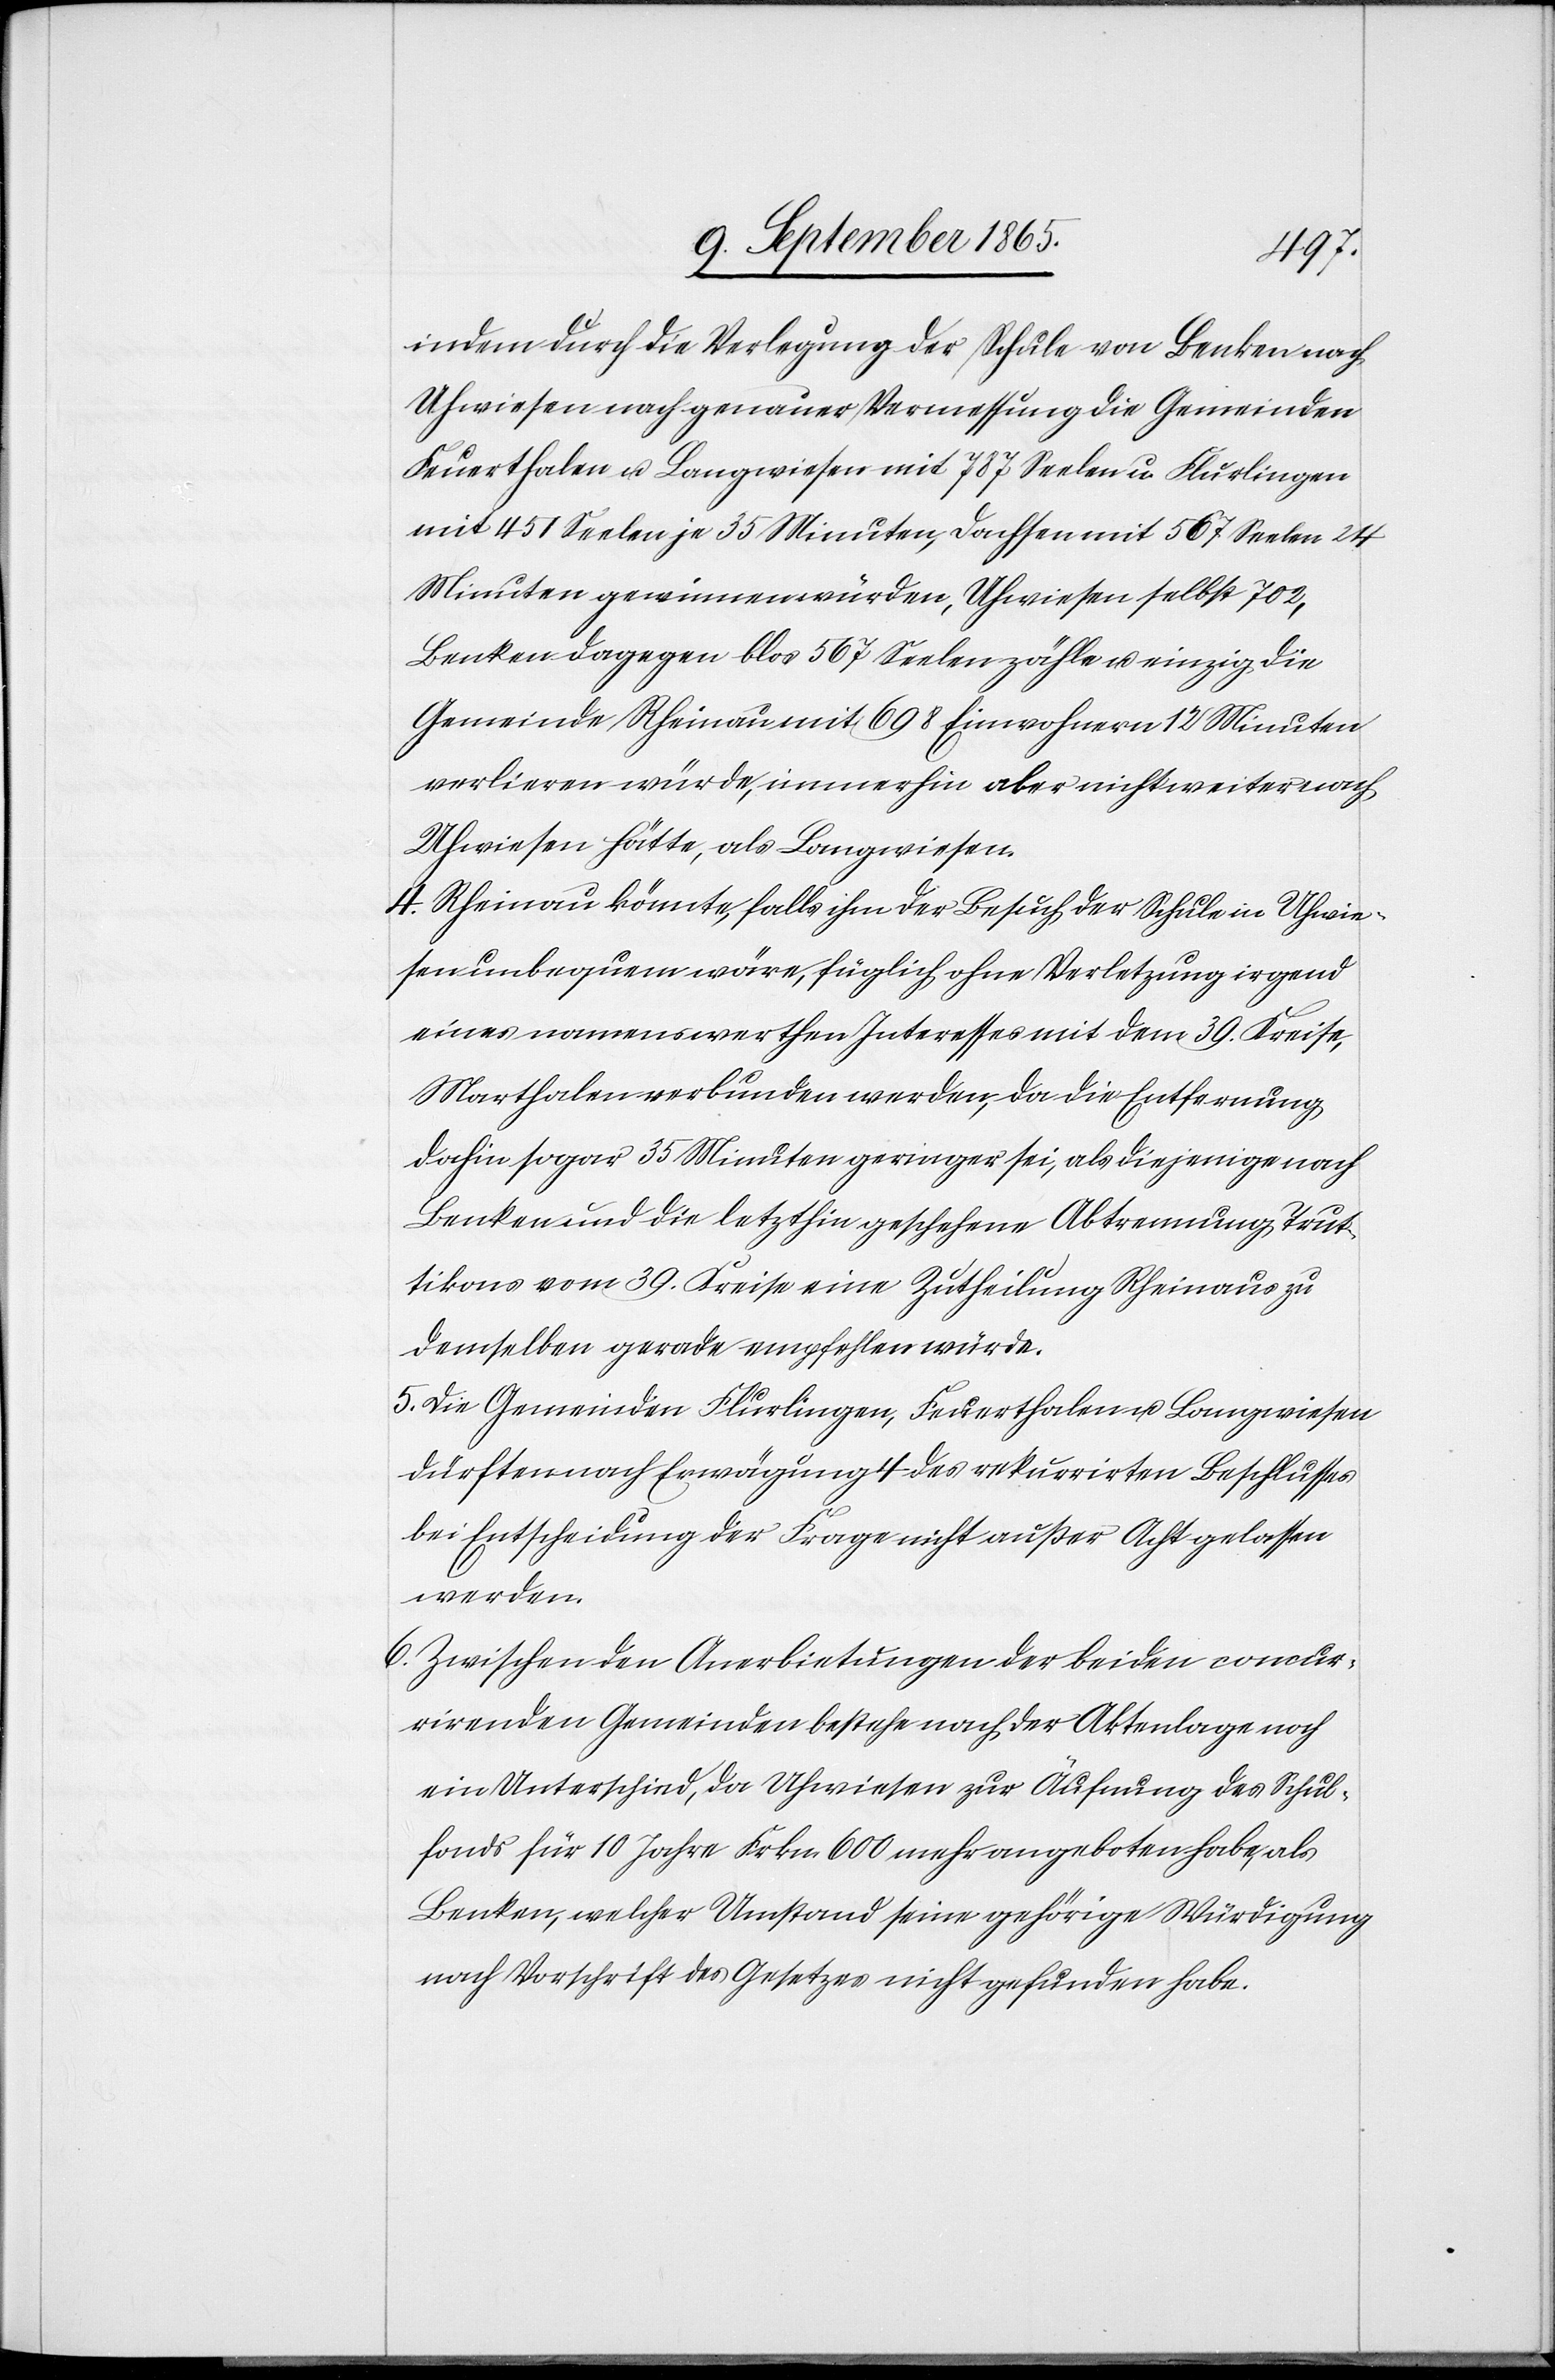
indem durch die Verlegung der Schule von Benken nach
Uhwiesen nach genauer Vermessung die Gemeinden
Feuerthalen u. Langwiesen mit 787 Seelen u. Flurlingen
mit 451 Seelen je 35 Minuten, Dachsen mit 567 Seelen 24
Minuten gewinnen würden, Uhwiesen selbst 702,
Benken dagegen blos 567 Seelen zähle u. einzig die
Gemeinde Rheinau mit 698 Einwohnern 12 Minuten
verlieren würde, immerhin aber nicht weiter nach
Uhwiesen hätte, als Langwiesen.
4. Rheinau könnte, falls ihm der Besuch der Schule in Uhwie¬
sen unbequem wäre, füglich ohne Verletzung irgend
eines namenswerthen Interesses mit dem 39. Kreise,
Marthalen verbunden werden, da die Entfernung
dahin sogar 35 Minuten geringer sei, als diejenige nach
Benken und die letzthin geschehene Abtrennung Trut¬
tikons vom 39. Kreise eine Zutheilung Rheinaus zu
demselben gerade empfehlen würde.
5. Die Gemeinden Flurlingen, Feuerthalen u. Langwiesen
dürften nach Erwägung 4 des rekurrirten Beschlusses
bei Entscheidung der Frage nicht außer Acht gelassen
werden.
6. Zwischen den Anerbietungen der beiden concur¬
rirenden Gemeinden bestehe nach der Aktenlage noch
ein Unterschied, da Uhwiesen zur Äufnung des Schul¬
fonds für 10 Jahre Frkn. 600 mehr angeboten habe, als
Benken, welcher Umstand seine gehörige Würdigung
nach Vorschrift des Gesetzes nicht gefunden habe.